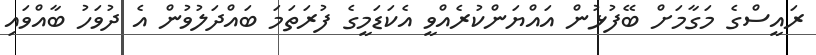
ރައީސްގެ މަގާމަށް ބޭފުޅުން އައްޔަންކުރެއްވީ އެކަޑަމީގެ ފުރަތަމަ ބައްދަލުވުން އެ ދުވަހު ބާއްވައި